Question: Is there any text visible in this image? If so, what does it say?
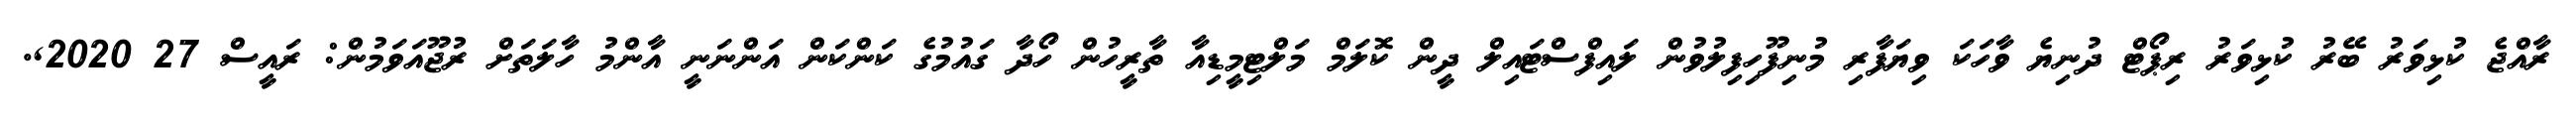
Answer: ރާއްޖެ ކުޅިވަރު ބޭރު ކުޅިވަރު ރިޕޯޓް ދުނިޔެ ވާހަކަ ވިޔަފާރި މުނިފޫހިފިލުވުން ލައިފްސްޓައިލް ދީން ކޮލަމް މަލްޓިމީޑިއާ ތާރީހުން ހޯދާ ގައުމުގެ ކަންކަން އަންނަނީ އާންމު ހާލަތަށް ރުޖޫއަވަމުން: ރައީސް 27 2020,.